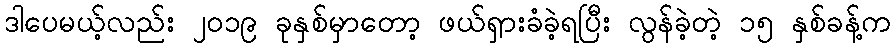
ဒါပေမယ့်လည်း ၂၀၁၉ ခုနှစ်မှာတော့ ဖယ်ရှားခံခဲ့ရပြီး လွန်ခဲ့တဲ့ ၁၅ နှစ်ခန့်က